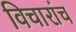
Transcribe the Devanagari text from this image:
विचारांच